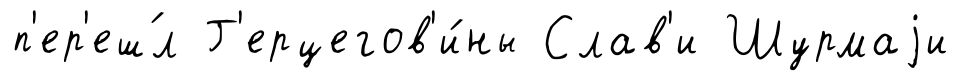
п'ер'еш́л Г'ерцегов'и́ны Слав'и Шурмаjи